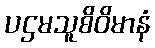
ပဌမသူစိဝိမာနံ